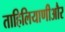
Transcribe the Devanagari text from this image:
ताहिलियाणीऔर